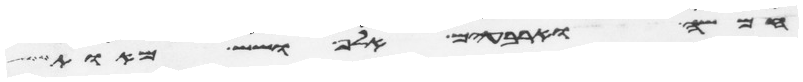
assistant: חמשה וארבעים אלף ושש מאות